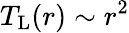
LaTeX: T_{\mathrm{L}}(r)\sim r^{2}